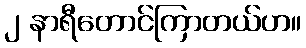
၂ နာရီတောင်ကြာတယ်ဟ။